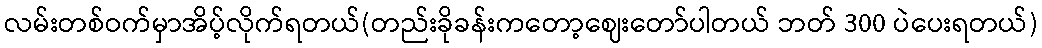
လမ်းတစ်ဝက်မှာအိပ့်လိုက်ရတယ်(တည်းခိုခန်းကတော့ဈေးတော်ပါတယ် ဘတ် 300 ပဲပေးရတယ်)